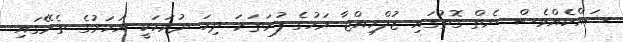
ޝައްކެއްވެސް ނެތް ގޮތުގައި ޒުލްހިއްޖާ މަހުގެ ފުރަތަމަ ދިހަ ދުވަހަކީ އަހަރުގެ ތެރޭގައި